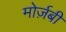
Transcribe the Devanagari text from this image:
मोर्ज़बी